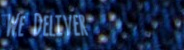
We Deliver